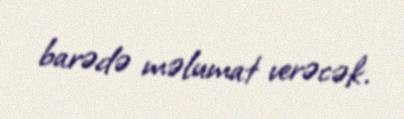
barədə məlumat verəcək.